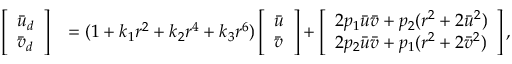
\begin{array} { r l } { \left[ \begin{array} { l } { \bar { u } _ { d } } \\ { \bar { v } _ { d } } \end{array} \right] } & { = ( 1 + k _ { 1 } r ^ { 2 } + k _ { 2 } r ^ { 4 } + k _ { 3 } r ^ { 6 } ) \left[ \begin{array} { l } { \bar { u } } \\ { \bar { v } } \end{array} \right] + \left[ \begin{array} { l } { 2 p _ { 1 } \bar { u } \bar { v } + p _ { 2 } ( r ^ { 2 } + 2 \bar { u } ^ { 2 } ) } \\ { 2 p _ { 2 } \bar { u } \bar { v } + p _ { 1 } ( r ^ { 2 } + 2 \bar { v } ^ { 2 } ) } \end{array} \right] , } \end{array}